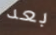
بعد